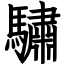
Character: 驌